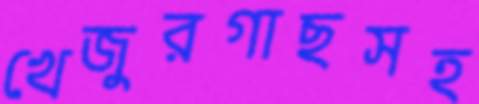
খেজুরগাছসহ